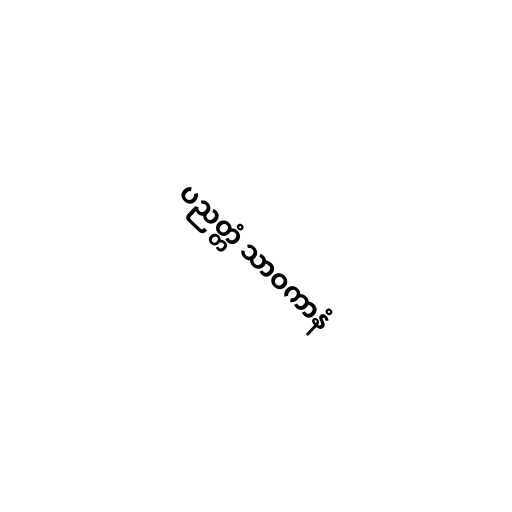
ပညတ္တံ သာဝကာနံ